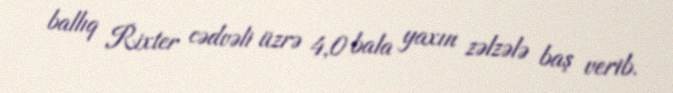
ballıq Rixter cədvəli üzrə 4,0 bala yaxın zəlzələ baş verib.